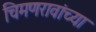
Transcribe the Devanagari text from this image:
चिमणरावांच्या